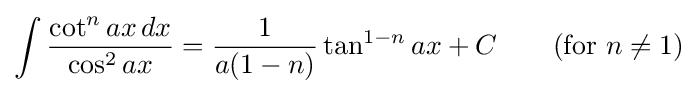
\int {\frac {\cot ^{n}ax\,dx}{\cos ^{2}ax}}={\frac {1}{a(1-n)}}\tan ^{1-n}ax+C\qquad {\mbox{(for }}n\neq 1{\mbox{)}}